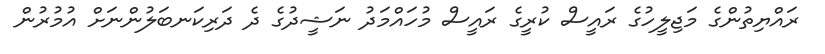
ރައްޔިތުންގެ މަޖިލީހުގެ ރައީސް ކުރީގެ ރައީސް މުހައްމަދު ނަޝީދުގެ ދެ ދަރިކަނބަލުންނަށް އުމުރުން